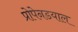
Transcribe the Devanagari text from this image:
प्रोपेनडयाल